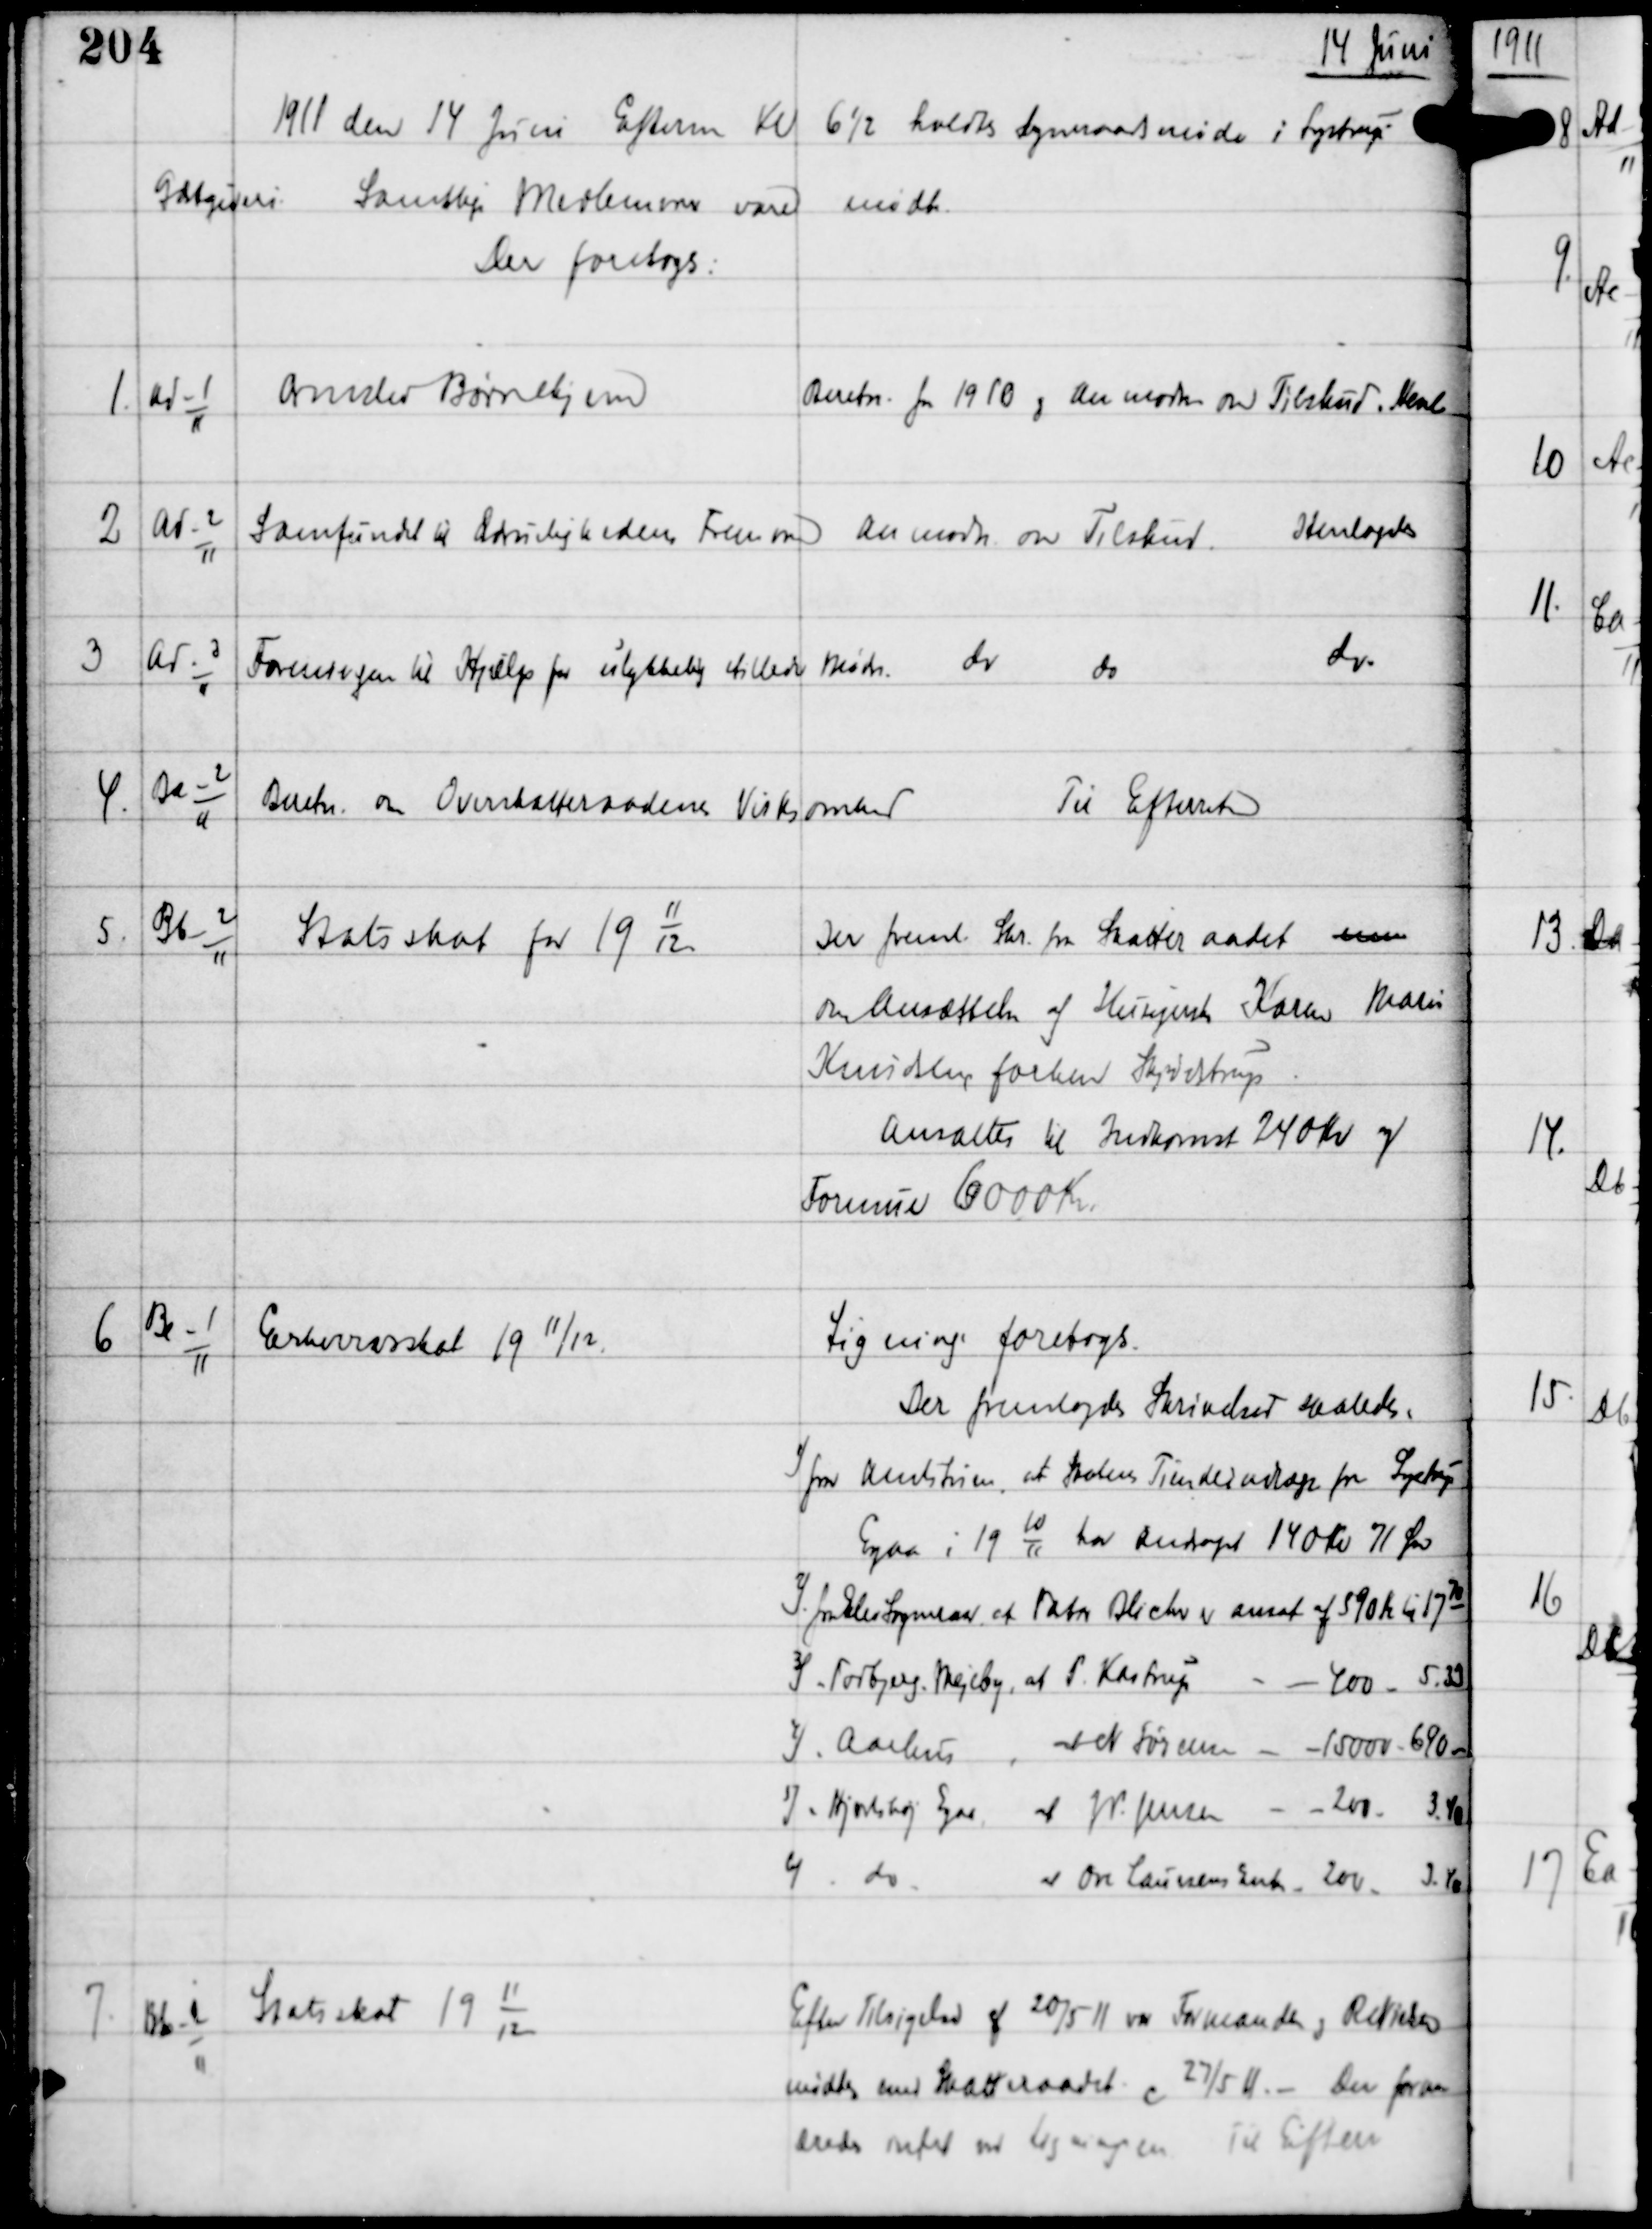
Transskription:
14 Juni

1911 den 14 Juni Efterm Kl 6½ holdtes Sogneraadsmøde i Lystrup
Gæstgiveri. Samtlige Medlemmer vare mødte
Der foretoges:

1

Ad-1
11

Ormslev Børnehjem

Beretn. fra 1910 og Anmodn om Tilskud. Henl

2

Ad-2
11

Samfundet til Ædruelighedens Fremme

Anmodn om Tilskud. Henlagdes

3

Ad-3
11

Foreningen til Hjælp for ulykkelig stillede Mødre.

do do do.

4.

Ba-2
11

Beretn om Overskatteraadenes Virksomhed

Til Efterretn

5.

Bb-2
11

Statsskat for 191112.

Der freml Skr fra Skatteraadet men
om Ansættelse af Husejerske Karen Marie
Knudsen, forhen Skjødstrup
Ansættes til Indkomst 240 Kr og
Formue 6000 Kr

6

Bc-1
11

Erhvervsskat 19 11/12

Ligning foretoges.
Der fremlagdes Skrivelse saaledes:
1) fra Amtstuen, at Statens Tiende i udrag for Lystrup
Egaa i 191011 har andraget 140 Kr 71 Øre
2) fra Elev Sogneraad at Pastor Blicher er ansat af 590 Kr til 1770
3) Todbjerg-Mejlby, at S Kastrup - - 400 - 5.33
4) Aarhus., at N Sørensen - - 15000 - 690.-
5) Hjortshøj Egaa, at W. Jensen - - 200 - 3.40
6) do at Ove Laursens Enke - 200 - 3.40

7

Bb-2
11

Statsskat 191112

Efter Tilføjelse af 20/5 11 var Formanden og R Nielsen
mødtes med Skatteraadet c 27/5 11 - Der foran-
dredes intet ved Ligningen. Til Efterr